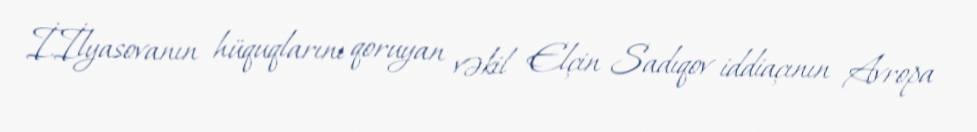
İ.İlyasovanın hüquqlarını qoruyan vəkil Elçin Sadıqov iddiaçının Avropa